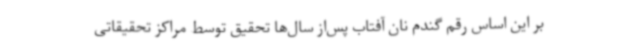
بر این اساس رقم گندم نان آفتاب پس‌از سال‌ها تحقیق توسط مراکز تحقیقاتی